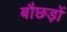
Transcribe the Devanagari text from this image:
बौछड़ों